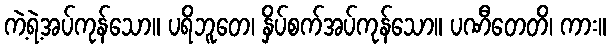
ကဲ့ရဲ့အပ်ကုန်သော။ ပရိဘူတေ၊ နှိပ်စက်အပ်ကုန်သော။ ပဏီတေတိ၊ ကား။